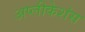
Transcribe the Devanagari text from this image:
अप्लीकेशंस